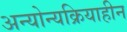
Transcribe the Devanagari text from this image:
अन्योन्यक्रियाहीन